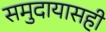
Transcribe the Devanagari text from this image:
समुदायासही